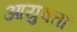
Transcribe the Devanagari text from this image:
आयुक्तॉ